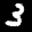
Label: 3